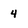
Character: 4